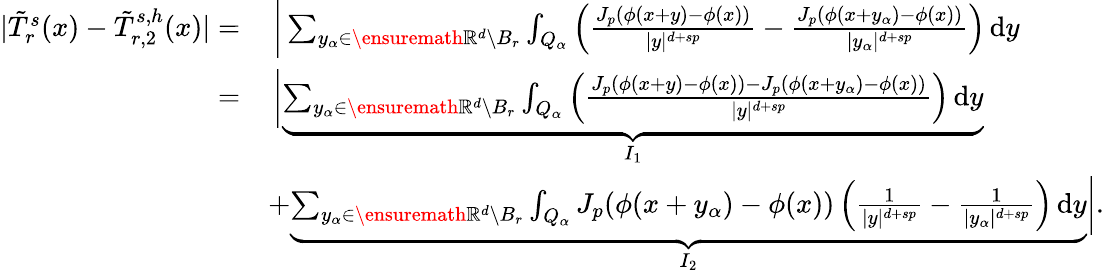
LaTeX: \begin{array}{rl}{|\tilde{T}_{r}^{s}(x)-\tilde{T}_{r,2}^{s,h}(x)|=}&{\, \bigg|\sum_{y_{\alpha}\in\ensuremath{\mathbb{R}}^{d}\setminus B_{r}}\int_{Q_{\alpha}}\left(\frac{J_{p}(\phi(x+y)-\phi(x))}{|y|^{d+sp}}-\frac{J_{p}(\phi(x+y_{\alpha})-\phi(x))}{|y_{\alpha}|^{d+sp}}\right)\, \mathrm{d}y}\\ {=}&{\, \bigg|\underbrace{\sum_{y_{\alpha}\in\ensuremath{\mathbb{R}}^{d}\setminus B_{r}}\int_{Q_{\alpha}}\left(\frac{J_{p}(\phi(x+y)-\phi(x))-J_{p}(\phi(x+y_{\alpha})-\phi(x))}{|y|^{d+sp}}\right)\, \mathrm{d}y}_{I_{1}}}\\ &{+\underbrace{\sum_{y_{\alpha}\in\ensuremath{\mathbb{R}}^{d}\setminus B_{r}}\int_{Q_{\alpha}}J_{p}(\phi(x+y_{\alpha})-\phi(x))\left(\frac{1}{|y|^{d+sp}}-\frac{1}{|y_{\alpha}|^{d+sp}}\right)\, \mathrm{d}y}_{I_{2}}\bigg|.}\end{array}